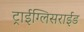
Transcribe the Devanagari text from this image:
ट्राईग्लिसराईड